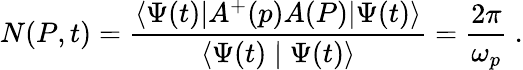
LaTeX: N(P,t)=\frac{\langle\Psi(t)|A^{+}(p)A(P)|\Psi(t)\rangle}{\langle\Psi(t)\mid\Psi(t)\rangle}=\frac{2\pi}{\omega_{p}}\ .